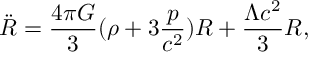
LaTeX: { \ddot { R } } = \frac { 4 \pi G } { 3 } ( \rho + 3 \frac { p } { c ^ { 2 } } ) R + \frac { \Lambda c ^ { 2 } } { 3 } R ,